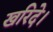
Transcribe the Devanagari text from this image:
खरिदे।